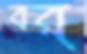
বর্